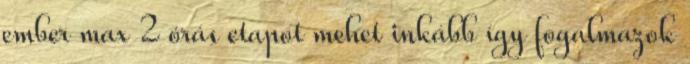
ember max 2 órás etapot mehet inkább így fogalmazok